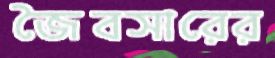
জৈবসারের